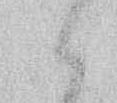
候